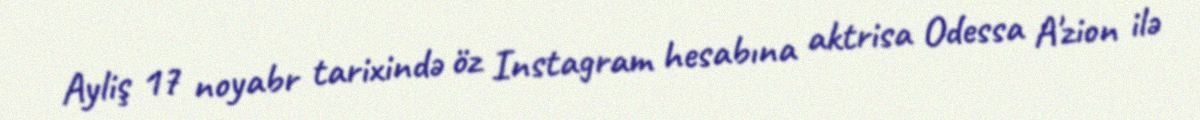
Ayliş 17 noyabr tarixində öz Instagram hesabına aktrisa Odessa A'zion ilə